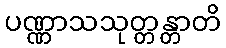
ပဏ္ဏာသသုတ္တန္တာတိ